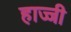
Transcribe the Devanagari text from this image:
हाज्जी